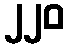
၂၂၀